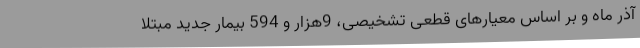
آذر ماه و بر اساس معیارهای قطعی تشخیصی، 9هزار و 594 بیمار جدید مبتلا